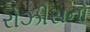
રોઝીસનો